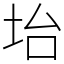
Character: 坮